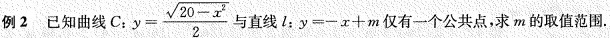
例2 已知曲线C： $$:y= \frac{\sqrt{20-x^{2}}}{2}$$与直线l；$$y=-x+m$$仅有一个公共点，求m的取值范围.